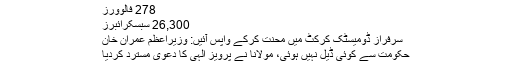
278 فالوورز
26,300 سبسکرائبرز
سرفراز ڈومیسٹک کرکٹ میں محنت کرکے واپس آئیں: وزیراعظم عمران خان
حکومت سے کوئی ڈیل نہیں ہوئی، مولانا نے پرویز الہٰی کا دعویٰ مسترد کردیا